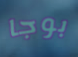
بوجا